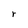
Character: r